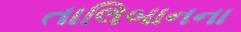
તાલિબાનના